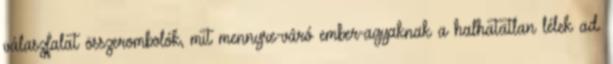
válaszfalat összerombolók, mit mennyre-váró ember-agyaknak a halhatatlan lélek ad.